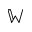
\mathbb { W }